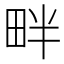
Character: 畔